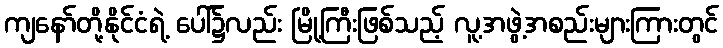
ကျနော်တို့နိုင်ငံရဲ့ ပေါ်၌လည်း မြို့ကြီးဖြစ်သည့် လူ့အဖွဲ့အစည်းများကြားတွင်